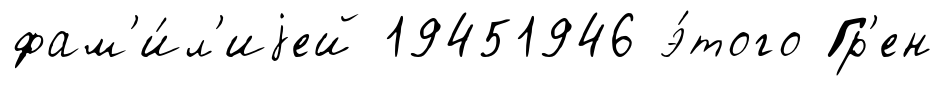
фам'и́л'иjей 19451946 э́того Гр'ен